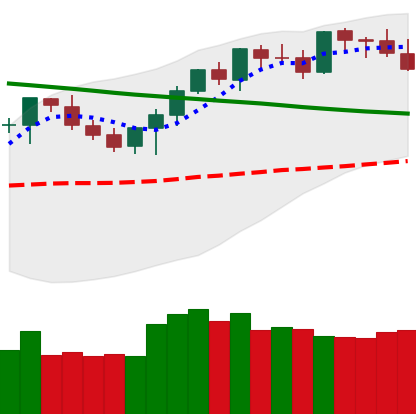
Ticker: BTC-USD
Chart end date: 2021-08-17
Forward return: 10.351%
Label: up_7plus